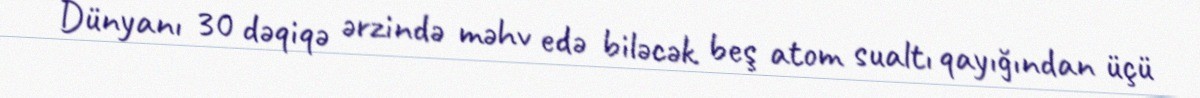
Dünyanı 30 dəqiqə ərzində məhv edə biləcək beş atom sualtı qayığından üçü